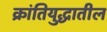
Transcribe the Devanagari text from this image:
क्रांतियुद्धातील